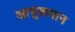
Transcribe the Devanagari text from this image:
आयुशमान